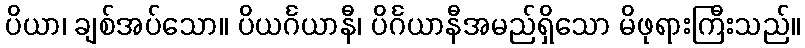
ပိယာ၊ ချစ်အပ်သော။ ပိယင်္ဂယာနီ၊ ပိင်္ဂယာနီအမည်ရှိသော မိဖုရားကြီးသည်။